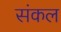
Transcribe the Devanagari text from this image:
संकल